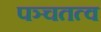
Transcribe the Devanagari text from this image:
पञ्चतत्व